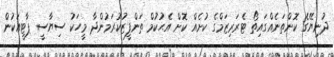
ދުނިޔޭގެ ކޮންތަނެއްގައިތޯ ޓެރަރިޒަމްގެ ކުށެއް ކޮށް އެޙުކުމް ތަންފީޒުކުރަމުންދާ މީހަކު ސިޔާސީ ޕާޓީއަކުން